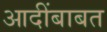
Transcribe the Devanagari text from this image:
आदींबाबत